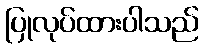
ပြုလုပ်ထားပါသည်